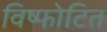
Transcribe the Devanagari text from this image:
विष्फोटित